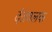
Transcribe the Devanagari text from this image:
दंतवलक